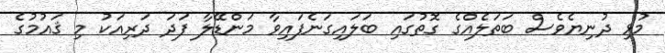
މުޅި ދުނިޔެވެސް ބަތަލެއްގެ ގޮތުގައި ބަލައިގަނެފައިވާ މަންޑޭލާ ފަދަ ދަރިއަކު މި ޤައުމުގެ